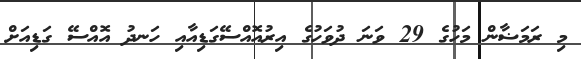
މި ރަމަޟާން މަހުގެ 29 ވަނަ ދުވަހުގެ އިރުއޮއްސޭގަޑިއާއި ހަނދު އޮއްސޭ ގަޑިއަށް